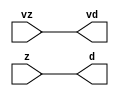
module modulario_en_in (vd, d, vz, z);
  parameter integer rscid = 1;
  parameter integer width = 8;
  output             vd;
  output [width-1:0] d;
  input              vz;
  input  [width-1:0] z;
  wire   [width-1:0] d;
  wire               vd;
  assign d = z;
  assign vd = vz;
endmodule